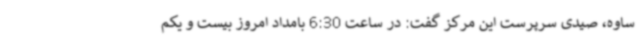
ساوه، صیدی سرپرست این مرکز گفت: در ساعت 6:30 بامداد امروز بیست و یکم